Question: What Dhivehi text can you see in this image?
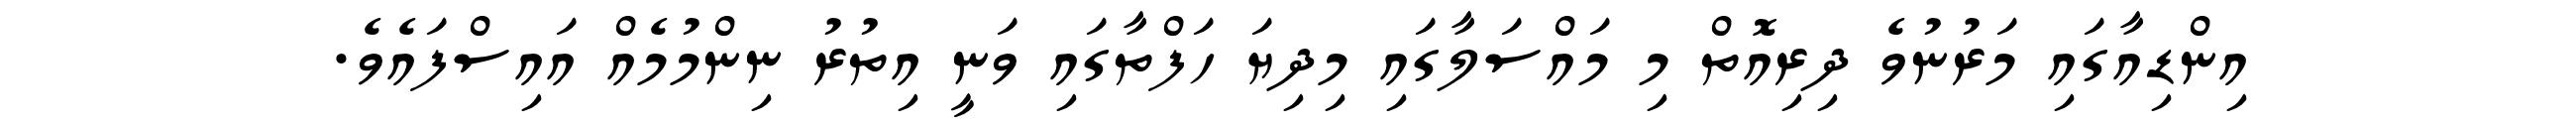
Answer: އިންޑިއާގައި މަރުނުވެ ދިރިއޮތް މި މައްސަލާގައި މިދިޔަ ހަފްތާގައި ވަނީ އިތުރު ނިންމުމެއް އައިސްފައެވެ.